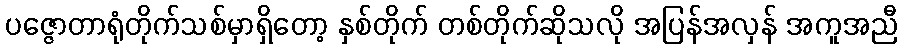
ပဇ္ဇောတာရုံတိုက်သစ်မှာရှိတော့ နှစ်တိုက် တစ်တိုက်ဆိုသလို အပြန်အလှန် အကူအညီ